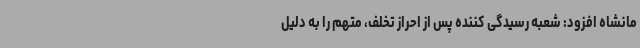
مانشاه افزود: شعبه رسیدگی کننده پس از احراز تخلف، متهم را به دلیل